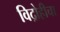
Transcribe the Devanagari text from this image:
विद्रोहीचा